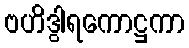
ဗဟိဒွါရကောဋ္ဌကာ